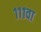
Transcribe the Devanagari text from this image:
१११वा